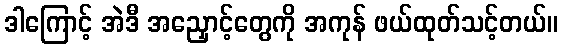
ဒါကြောင့် အဲဒီ အညှောင့်တွေကို အကုန် ဖယ်ထုတ်သင့်တယ်။